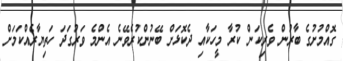
ގޮއްމުށުގެ ބާރުން ވެރިކަން ކުރާ މީހަކާއި ދެކޮޅަށް ބޭނުންކުރެވޭނެ އެންމެ ވަރުގަދަ ހަތިޔާރެއްކަމަށް